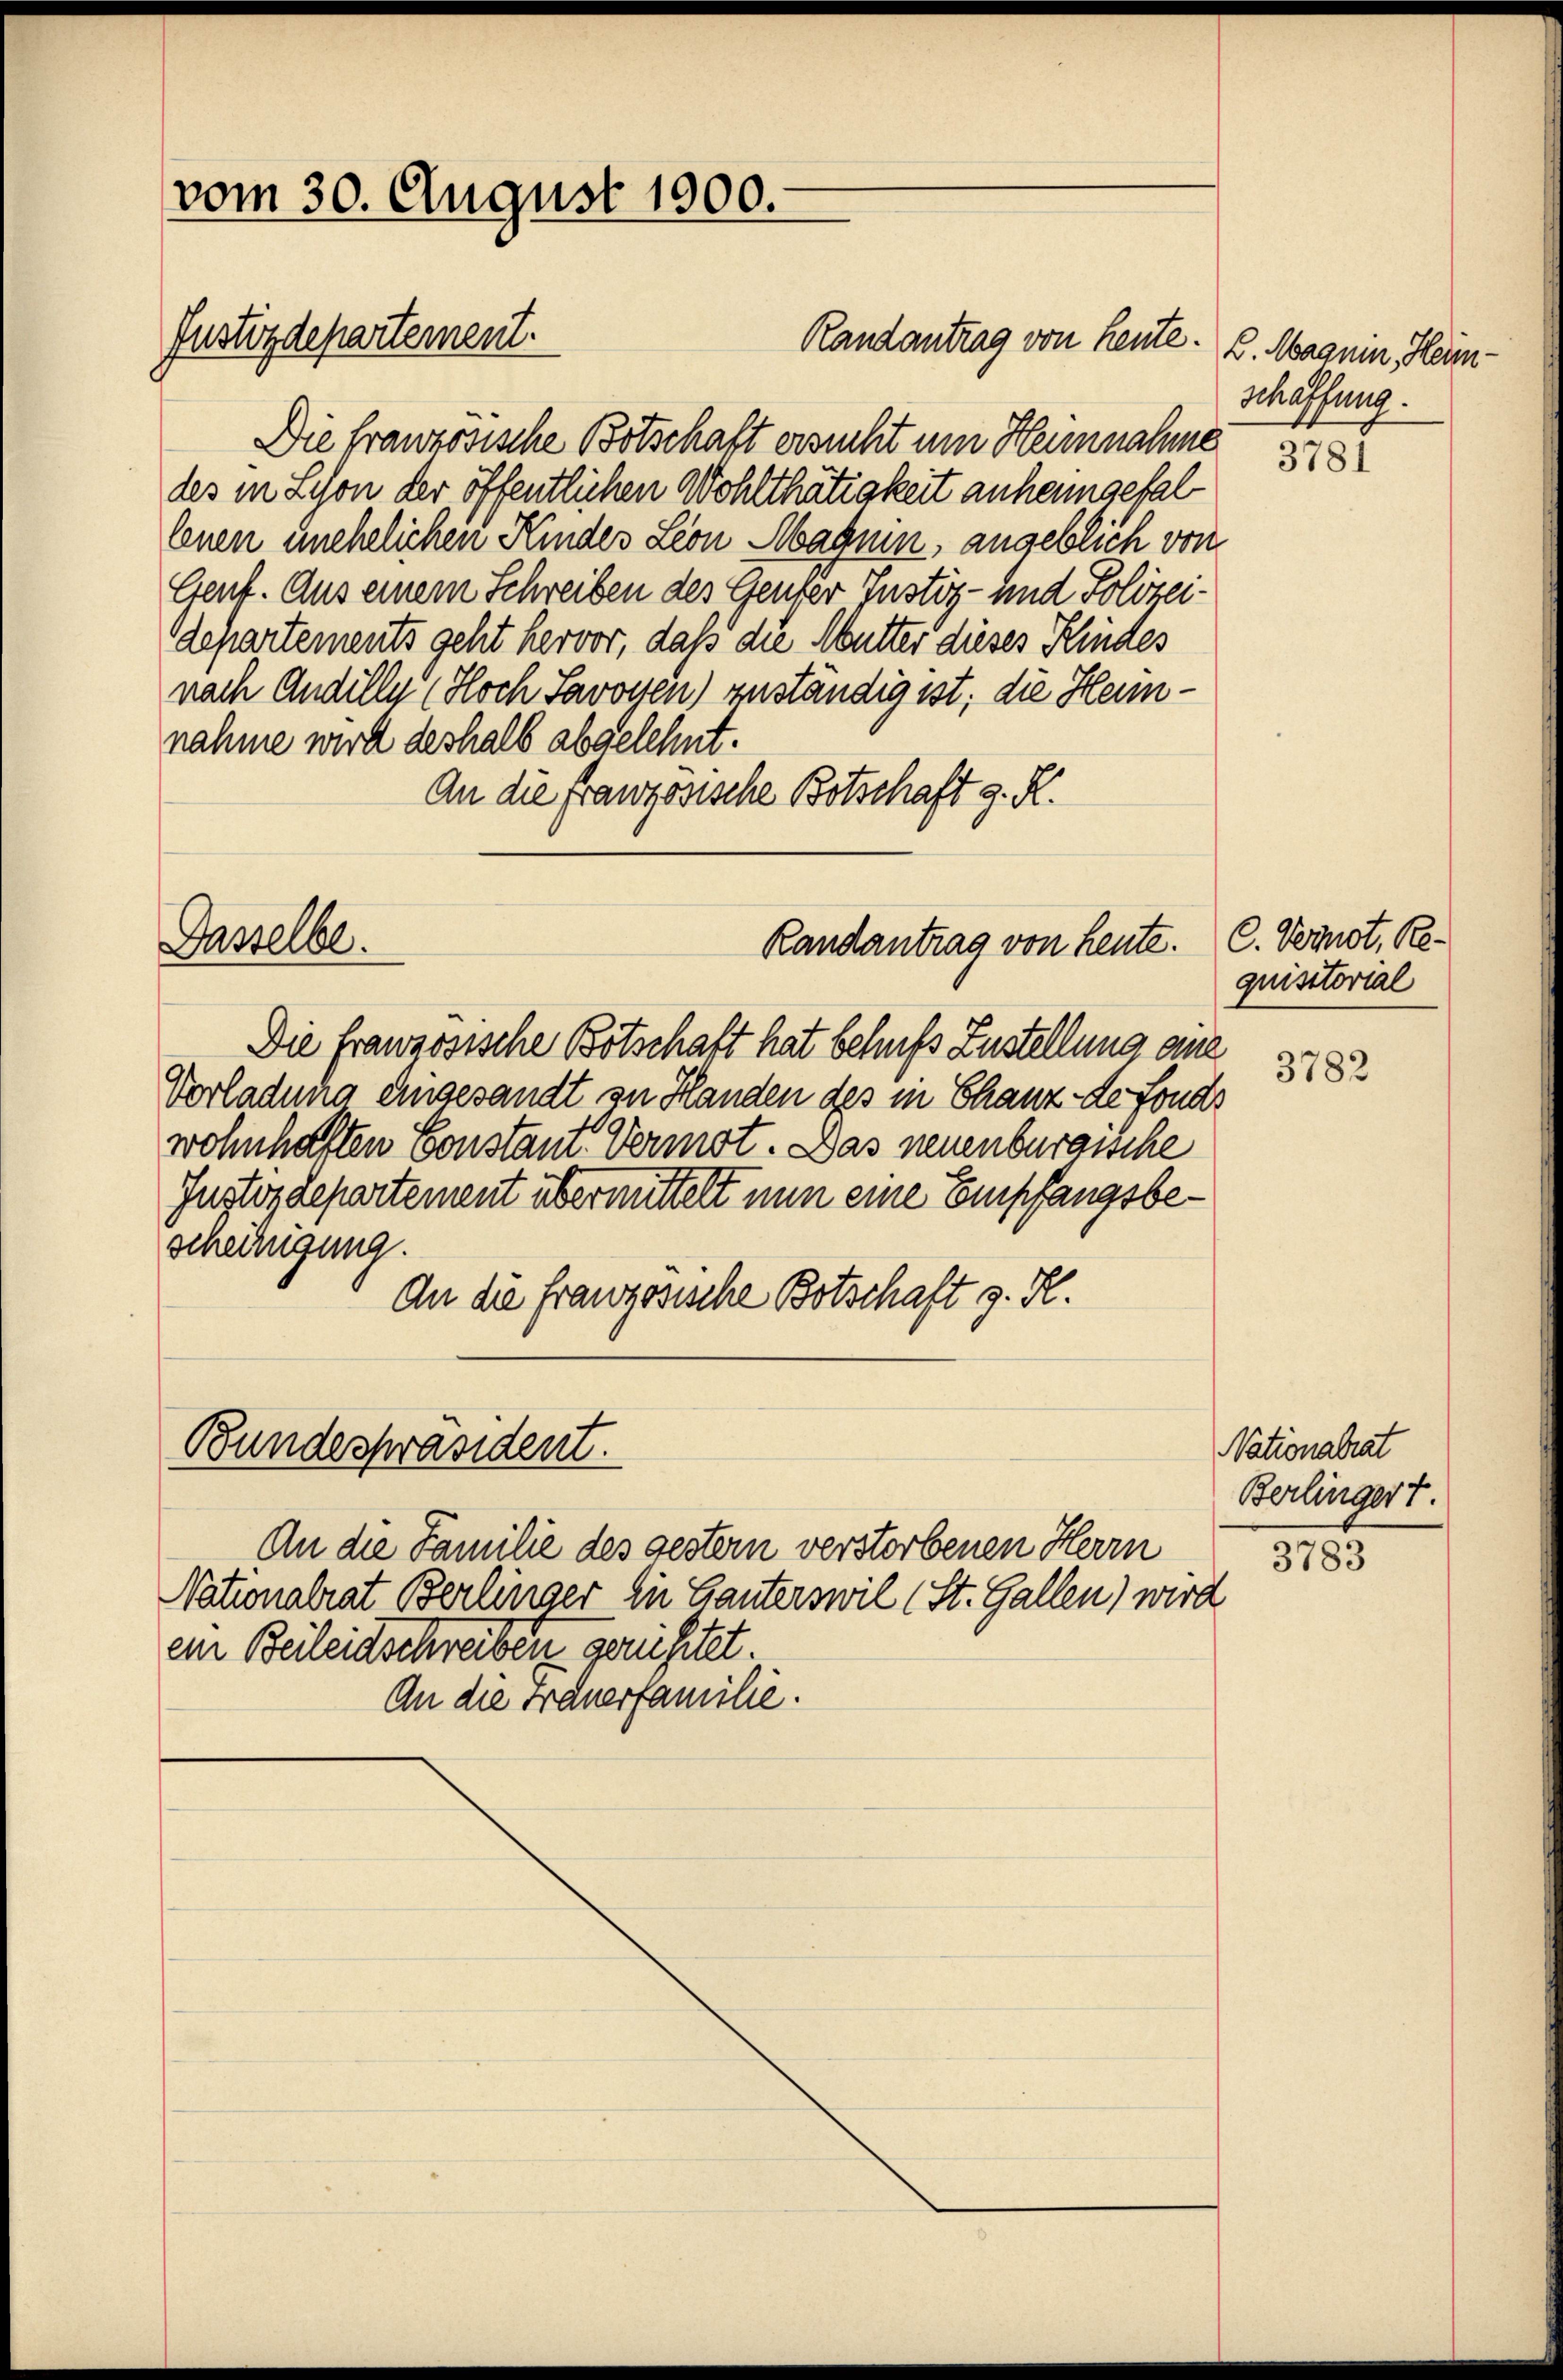
vom 30. August 1900.
Justizdepartement.

Die französische Botschaft ersucht um Heinnahme
des in Schon der öffentlichen Wohlthätigkeit anheimgefallenen unehelichen Kindes Leon Magnin, angeblich von
Cent. Aus einem Schreiben des Genfer Justiz- und Polizeidepartements geht hervor, daß die Mutter dieses Kindes
nach Andille (Hoch Savoren) zuständig ist; die Heinnahme wird deshalb abgelehnt.
An die französische Botschaft z. R.

Dasselbe.

Bundespräsident.

Randantrag von heute.

An die Familie des gestern verstorbenen Herrn
Nationalrat Berlinger zu Ganterswil (St. Gallen) wird
ihr Beileitschreiben geruhitet.
An die Frauerfamilie.

Randantrag von heute.

Die französische Botschaft hat behufs Zustellung eine
Vorladung eingesandt zu Handen des in Chanz de fond
wohnhaften Constant. Vermot. Das neuenburgische
Justizdepartement übermittelt nun eine Empfangsbescheinigung.
An die französische Botschaft z. R.

L. Magnin, Hein
schaffung.

C. Vornot, Requisitorial
3782

s

Nationalrat
Berlingert.
3783

3781